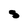
Character: S